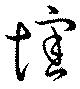
懷